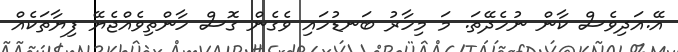
އޭ.އަދިވެސް ކާން ނުހެދޭތަ. މަ މިހާރު ބަނޑުހައި ވެގެން ގޮސް ހާންތިވެއްޖެޔޭ ފިޔާތަކެއް